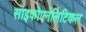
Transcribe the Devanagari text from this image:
साइकोएनेलिटिकल